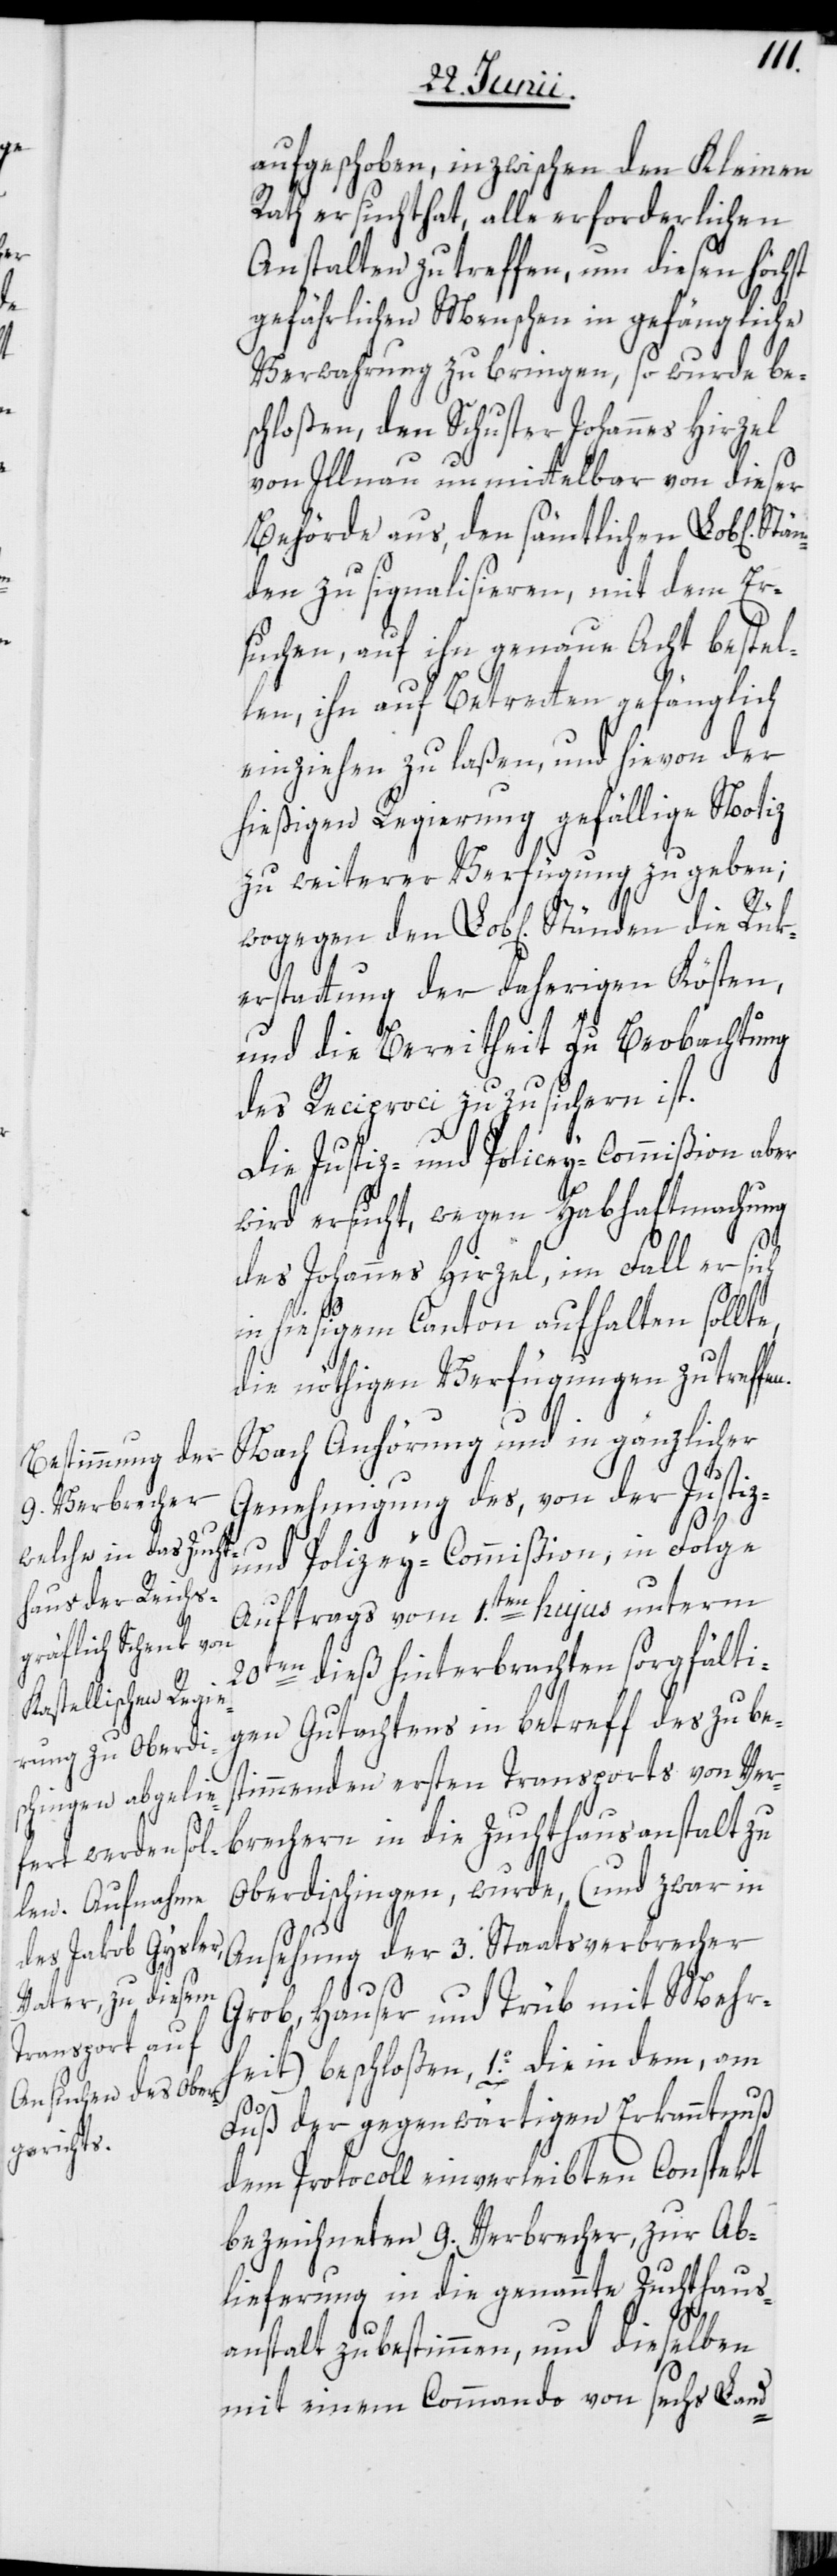
aufgeschoben, inzwischen den Kleinen
Rath ersucht hat, alle erforderlichen
Anstalten zu treffen, um diesen höchst
gefährlichen Menschen in gefängliche
Verwahrung zu bringen, so wurde be¬
schloßen, den Schuster Johannes Hirzel
von Illnau unmittelbar von dieser
Behörde aus, den sämtlichen Lob[liche¬
nden zu signalisieren, mit dem Er¬
suchen, auf ihn genaue Acht bestel¬
len, ihn auf Betretten gefänglich
einziehen zu laßen, und hievon der
hießigen Regierung gefällige Notiz
zu weiterer Verfügung zu geben;
kerstattung der daherigen Kösten,
und die Bereitheit zu Beobachtung
des Reciproci zuzusichern ist.
Die Justiz- und Polizey-Commißion aber
wird ersucht, wegen Habhaftmachung
des Johannes Hirzel, im Fall er sich
in hiesigem Canton aufhalten sollte,
die nöthigen Verfügungen zu treffe¬
n.
Nach Anhörung und in gänzlicher
Genehmigung des, von der Justiz-
und Polizey-Commißion, in Folge
Auftrags vom 1.ten hujus unterm
20ten dieß hinterbrachten sorgfälti¬
gen Gutachtens in betreff des zu be¬
stimmenden ersten Transports von V¬
erbrechern in die Zuchthausanstalt zu
Oberdischingen, wurde, (und zwar in
Ansehung der 3. Staatsverbrecher
Rü¬
Grob, Hauser und Trüb mit Mehr¬
heit) beschloßen, 1o. die in dem, am
Stä¬
Fuß der gegenwärtigen Erkanntnuß
dem Protocoll einverleibten Conspekt
bezeichneten 9. Verbrecher, zur Ab¬
lieferung in die genannte Zuchthaus¬
anstalt zu bestimmen, und dieselben
mit einem Commando von sechs Land-